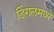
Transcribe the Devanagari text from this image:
डिंगलमध्ये